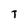
Character: T